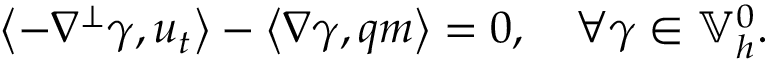
\left\langle - \nabla ^ { \perp } \gamma , u _ { t } \right\rangle - \left\langle \nabla \gamma , q m \right\rangle = 0 , \quad \forall \gamma \in \mathbb { V } _ { h } ^ { 0 } .